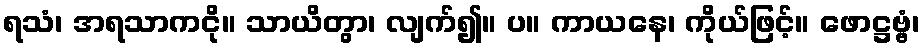
ရသံ၊ အရသာကငို။ သာယိတွာ၊ လျက်၍။ ပ။ ကာယနေ၊ ကိုယ်ဖြင့်။ ဖောဋ္ဌဗ္ဗံ၊